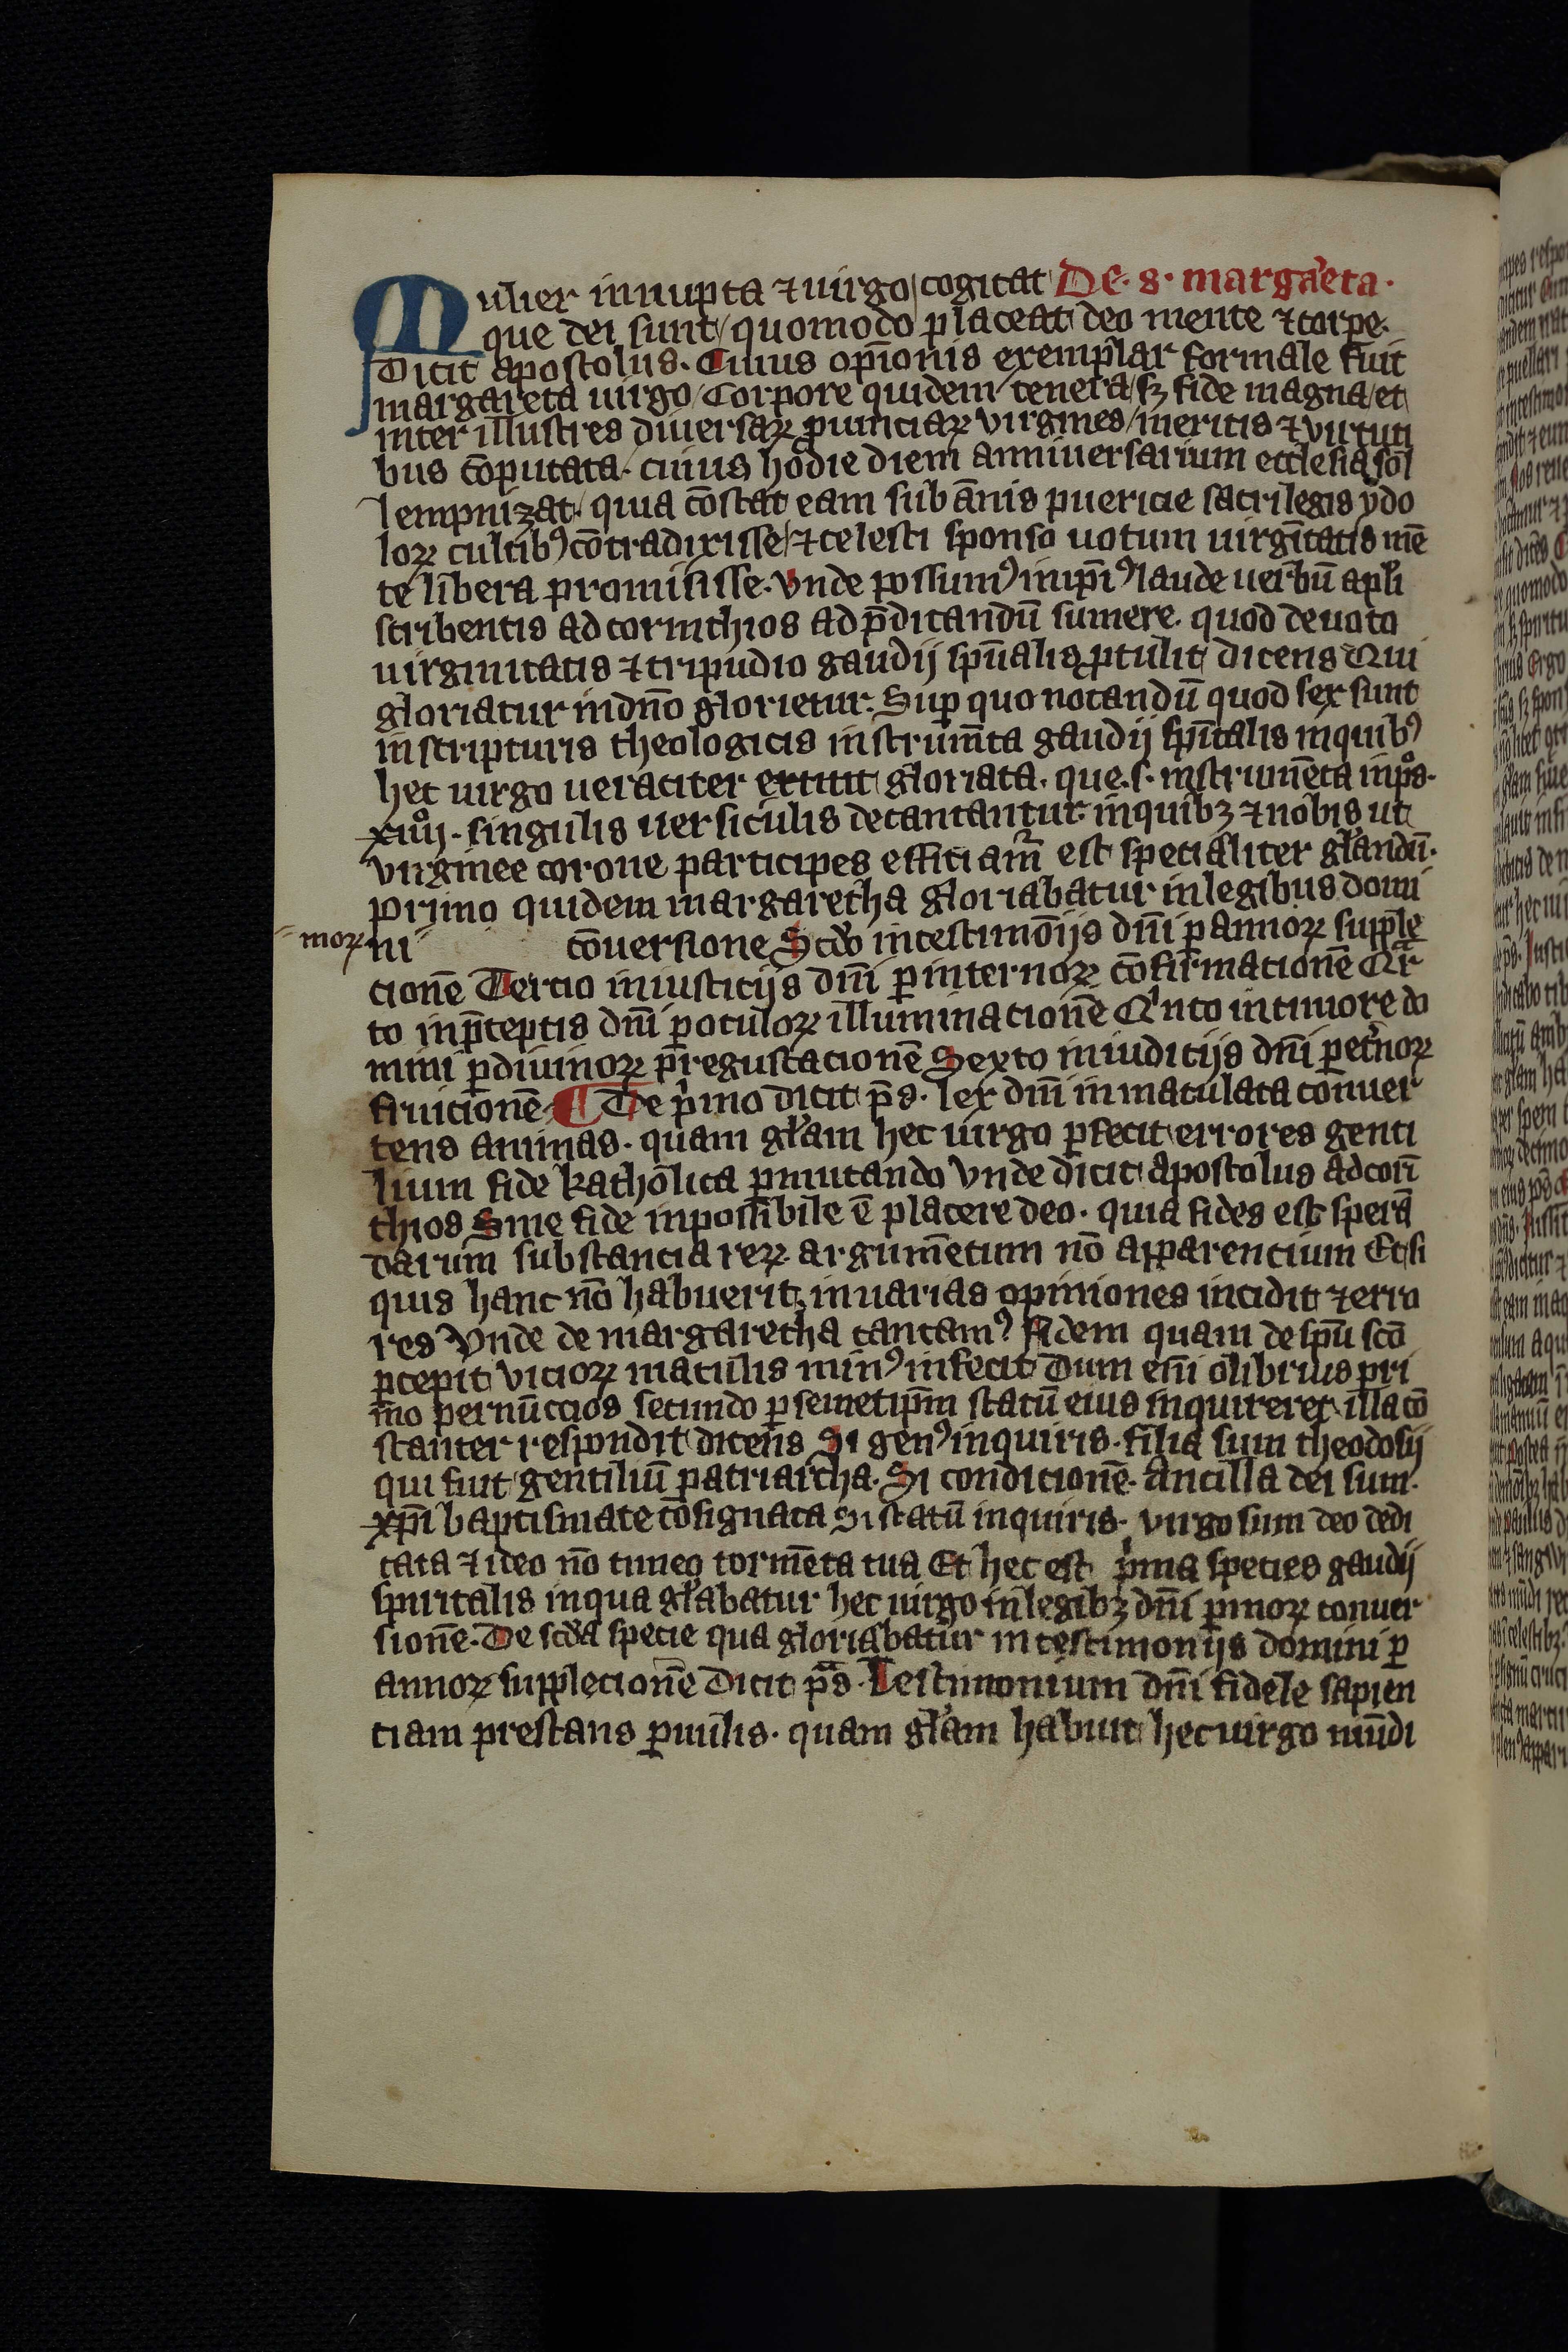
Shelfmark: Leipzig, Universitäts Bibliothek Leipzig, Ms 758
Century: 14